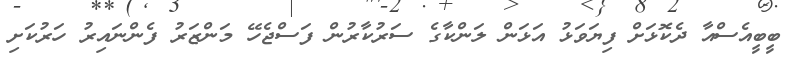
ބީބީއެސްއާ ދެކޮޅަށް ފިޔަވަޅު އަޅަން ލަންކާގެ ސަރުކާރުން ފަސްޖެހޭ މަންޒަރު ފެންނައިރު ހަރުކަށި